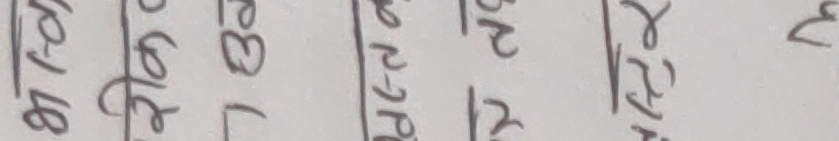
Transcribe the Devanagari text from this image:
रोग ४८
बोल्ताबोल
एस्तो बनोह
धुन् तुल्
रोपे
मुख